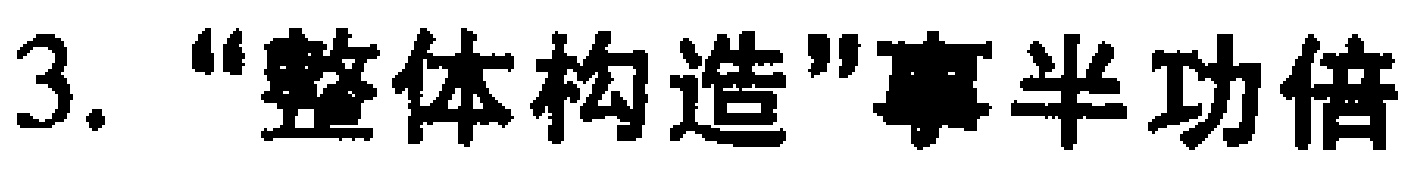
3. “整体构造”事半功倍